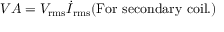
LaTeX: V A = V _ { \mathrm { r m s } } { \dot { I } } _ { \mathrm { r m s } } ( \mathrm { F o r \ s e c o n d a r y \ c o i l . } )